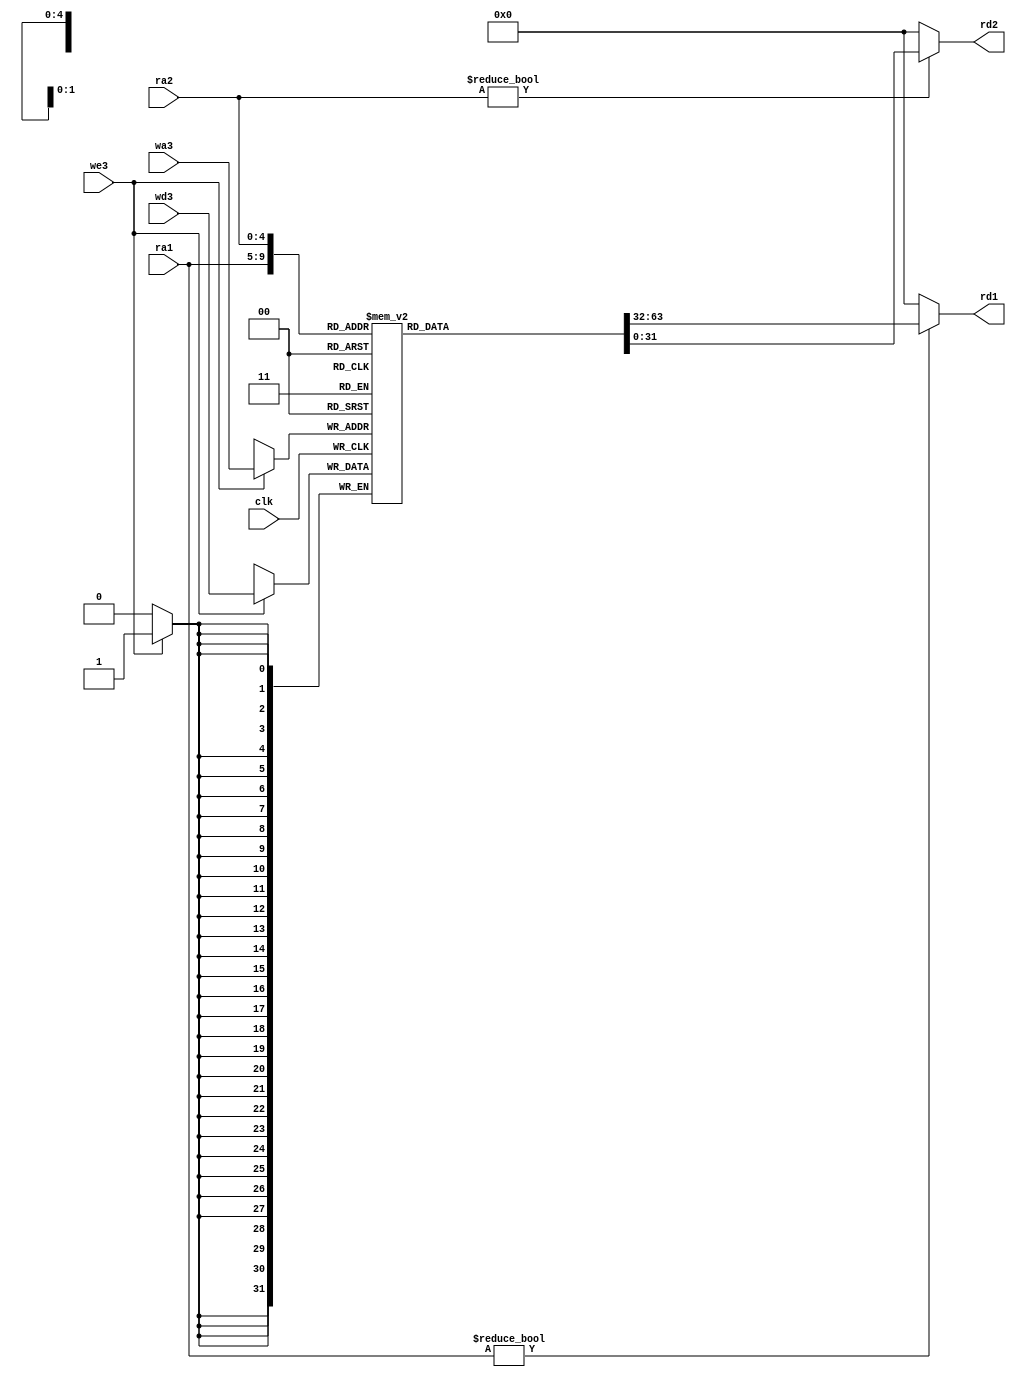
`timescale 1ns / 1ps
//////////////////////////////////////////////////////////////////////////////////
// Company: 
// Engineer: 
// 
// Design Name: 
// Module Name: Register_File
// Project Name: 
// Target Devices: 
// Tool Versions: 
// Description: 
// 
// Dependencies: 
// 
// Revision:
// Revision 0.01 - File Created
// Additional Comments:
// 
//////////////////////////////////////////////////////////////////////////////////


module Register_File(
  input clk,
  input we3,
  input [4:0] ra1, ra2, wa3,
  input [31:0] wd3,
  output [31:0] rd1, rd2
);
reg [31:0] rf [31:0];

always @(posedge clk)
  begin
    if(we3) rf[wa3] <= wd3;
  end
    assign rd1 = (ra1 != 0) ? rf[ra1] : 0;
    assign rd2 = (ra2 != 0) ? rf[ra2] : 0;
endmodule